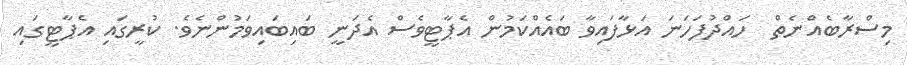
މިސްރާބެއްނެތް  ހައްދުފަހަނަ އަޅާފައިވާ ބައެއްކަމުން އެޕާޓީވެސް އެދަނީ ބައިބައިވަމުންނެވެ. ކުރީގައި އެޕާޓީގައި